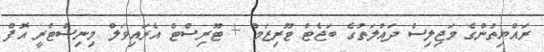
ރައްޔިތުންގެ މަޖިލިސް ދައުލަތުގެ ބަޖެޓް ޓޫރިޒަމް + ޓޫރިސްޓް އެރައިވަލް މިނިސްޓްރީ އޮފް